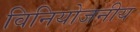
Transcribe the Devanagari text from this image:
विनियोजनीय